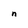
Character: n